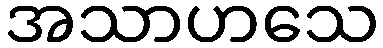
အသာဟသေ